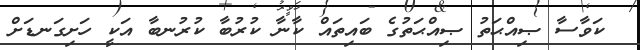
ކަވާސާ ޞިއްޙަތު ޞިއްޙަތުގެ ބައިތައް ކާނާ ކުރުބާ ކުރުނބާ އަކީ ހަށިގަނޑަށް